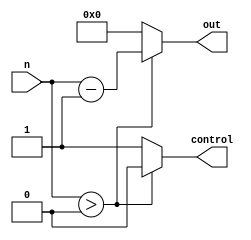
module dec_one(
	input [15:0] n,
	output [15:0] out,
	output control
);


assign out = (n > 0) ? n - 1'b1 : 0;
assign control = (n > 0) ? 0 : 1;

endmodule